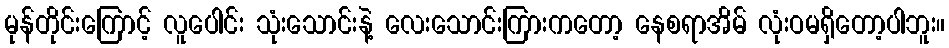
မုန်တိုင်းကြောင့် လူပေါင်း သုံးသောင်းနဲ့ လေးသောင်းကြားကတော့ နေစရာအိမ် လုံးဝမရှိတော့ပါဘူး။